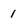
Character: 1